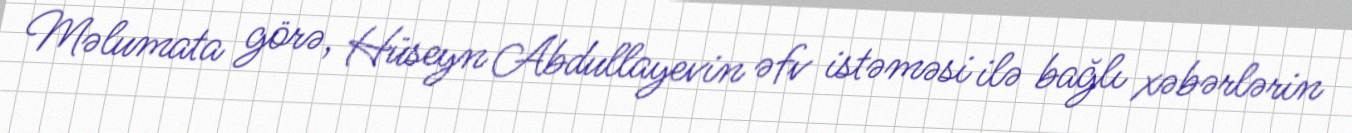
Məlumata görə, Hüseyn Abdullayevin əfv istəməsi ilə bağlı xəbərlərin